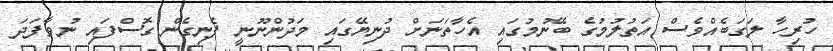
ހުރިހާ ލަގަބެއްވެސް އަތުލުމުގެ ބޭނުމުގައި އެހާތަނަށް ދުނިޔޭގައި މަދުންނޫނީ ފެނިގެން ގޮސްފައި ނުވާފަދަ